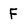
Character: F